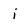
Character: i